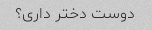
دوست دختر داری؟